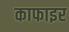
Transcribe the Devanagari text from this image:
काफाइर